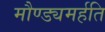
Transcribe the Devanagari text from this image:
मौण्ड्यमर्हति